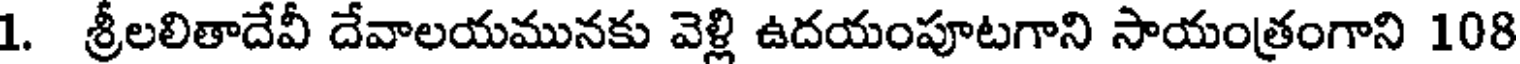
1. శ్రీలలితాదేవీ దేవాలయమునకు వెళ్లి ఉదయంపూటగాని సాయంత్రంగాని 108